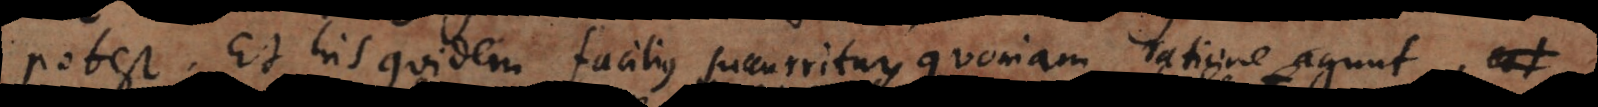
potest. Et his quidem facilius succurritur, quoniam ratione agunt,